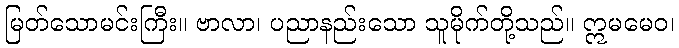
မြတ်သောမင်းကြီး။ ဗာလာ၊ ပညာနည်းသော သူမိုက်တို့သည်။ ဣမမေဝ၊